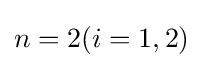
n=2(i=1,2)